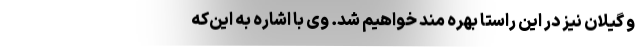
و گیلان نیز در این راستا بهره مند خواهیم شد. وی با اشاره به این‌که